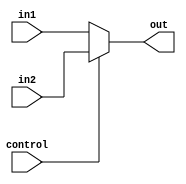
/*
	Simple 2 input mux
*/
module regMux #(parameter WIDTH = 16, REGBITS = 4)
					(input [15:0] in1, in2,
					 input control, 	// 0 pushes in1 and 1 pushes in2.
					 output reg [15:0] out
);
 
always@(*)
begin

if(control == 0) out <= in1;
else  			  out <= in2;

end


endmodule